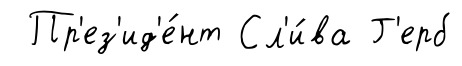
Пр'ез'ид'е́нт Сл'и́ва Г'ерб